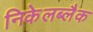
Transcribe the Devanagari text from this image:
निकेलब्लैक